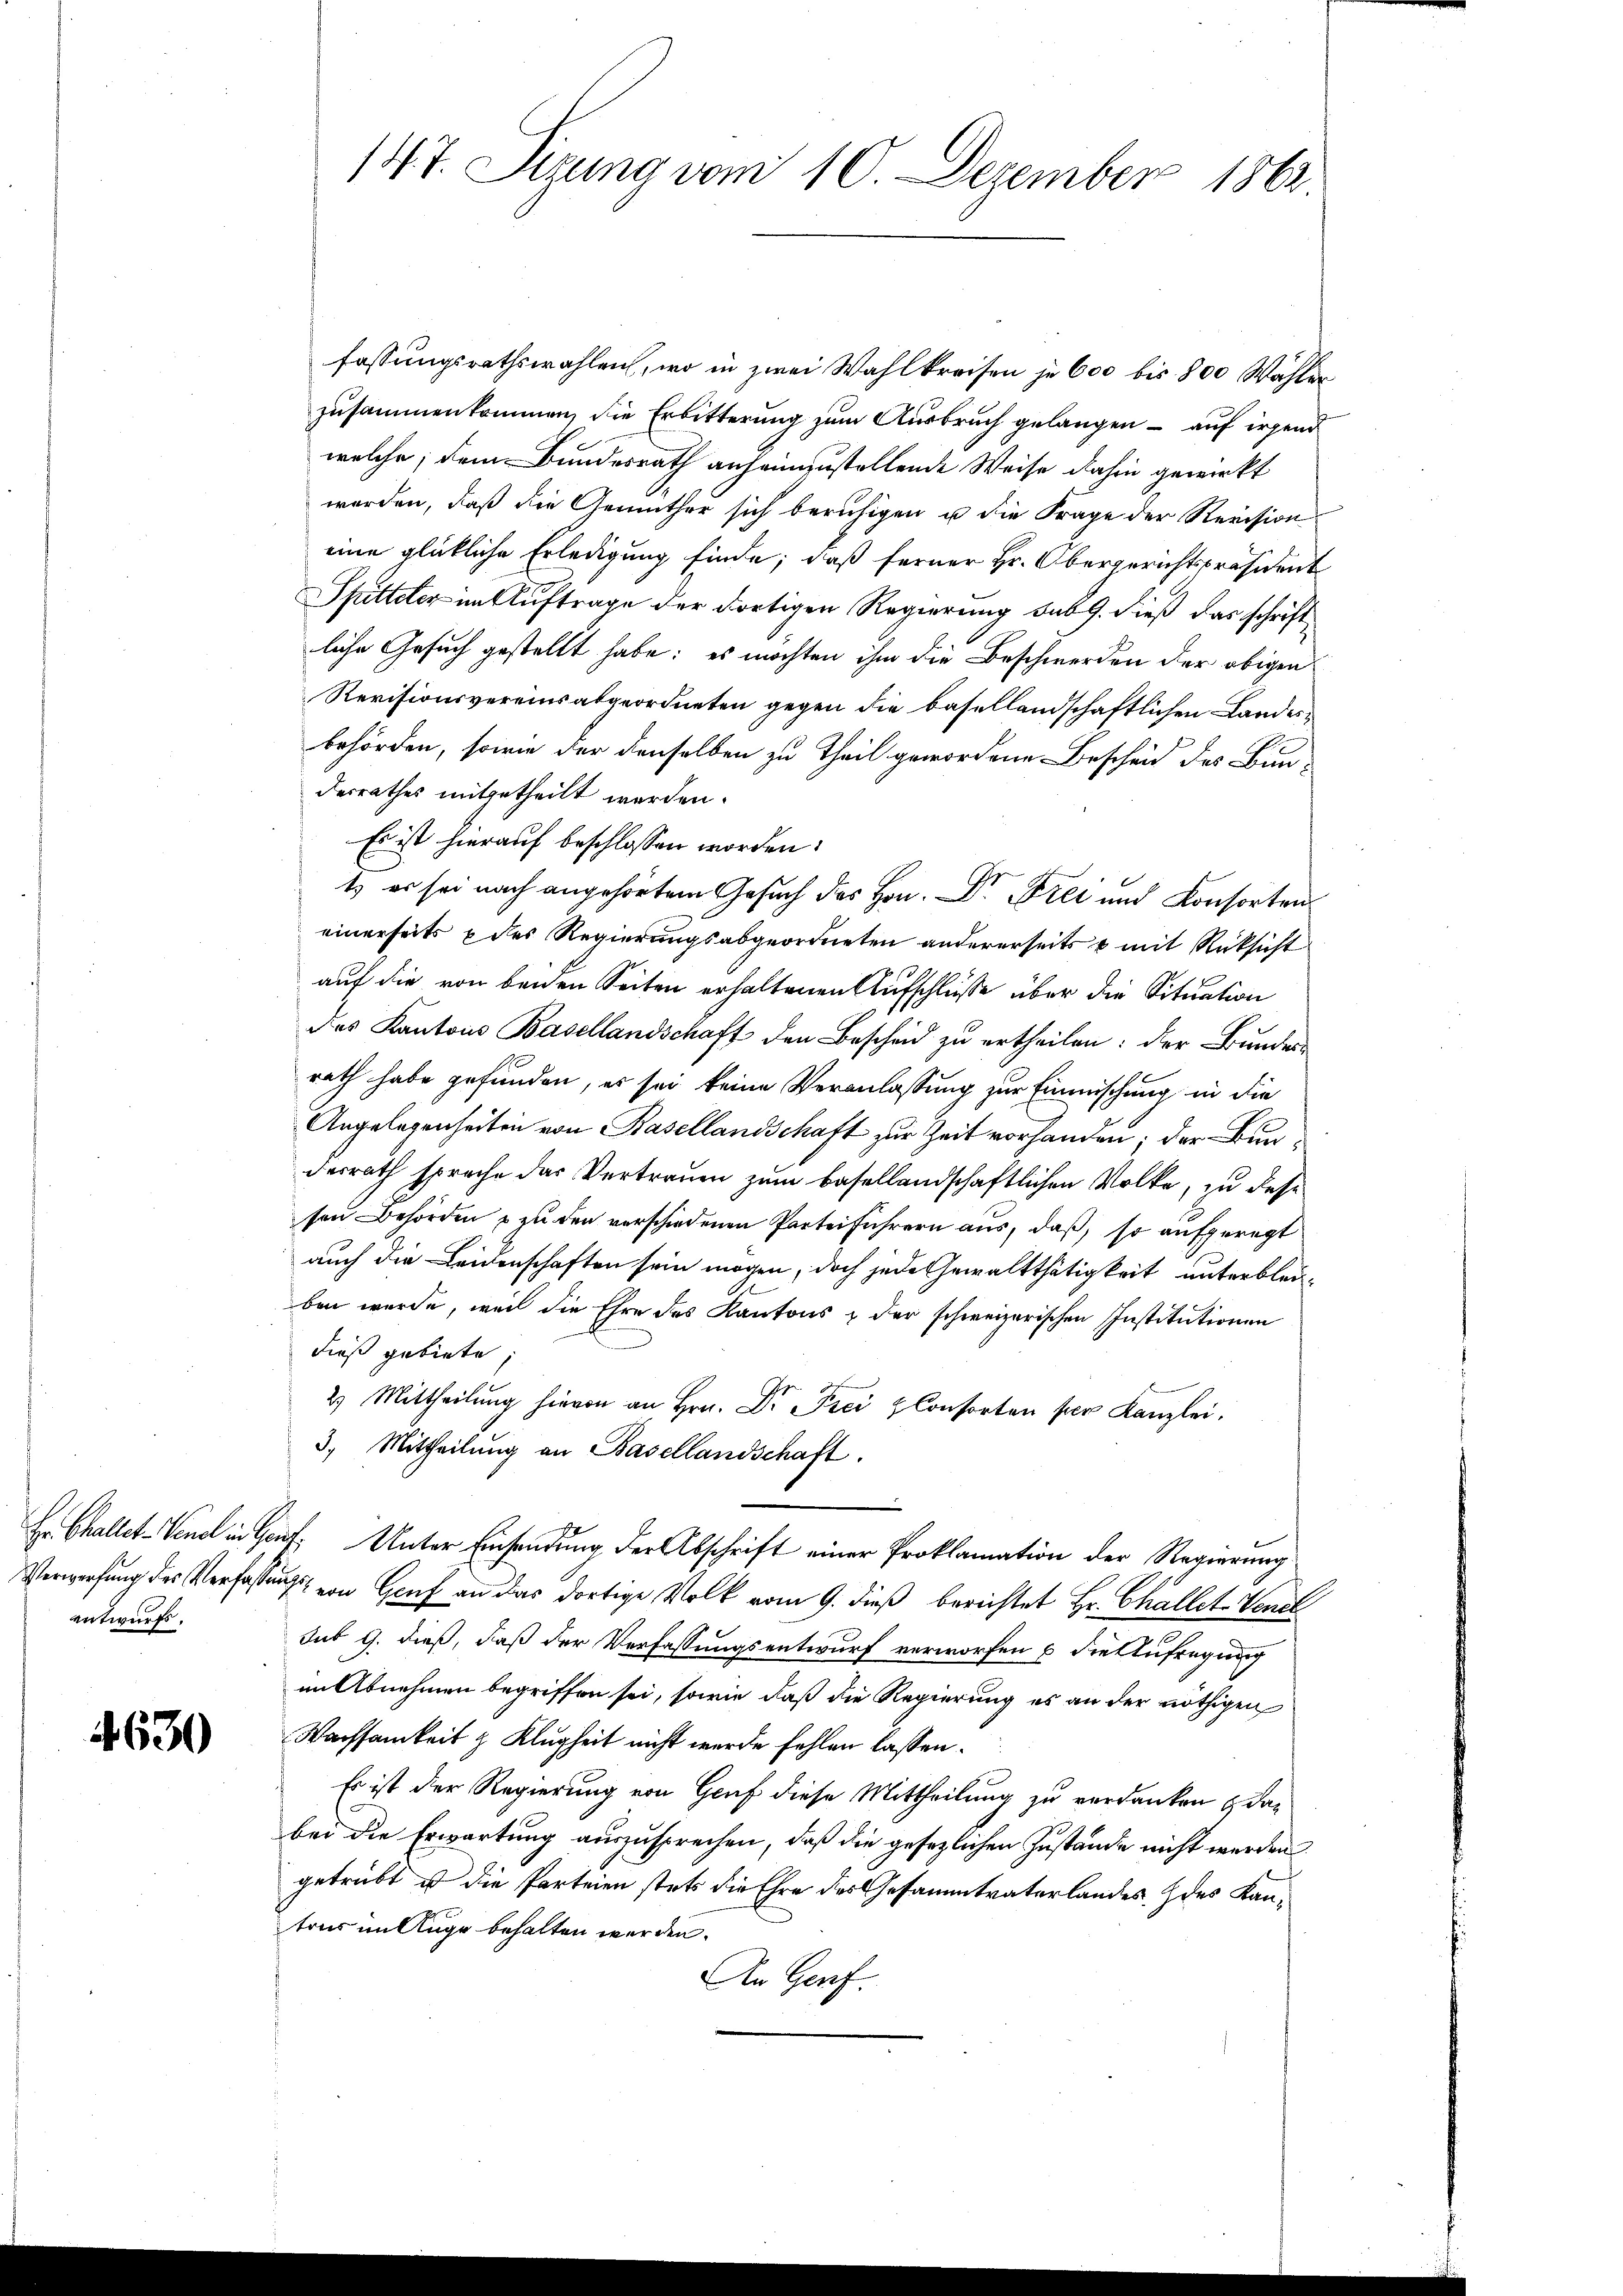
entwurfs.

4630

fassungsrathswahlen, wo in zwei Wahlkreisen je 600 bis 800 Wahler
zusammenkommen, die Erbitterung zum Ausbruch gelangen – auf irgend
welche, dem Bundesrath anheimzustellende Weise dahin gewirkt
worden, daß die Gemüther sich beruhigen u die Frage der Revision
eine glückliche Erledigung finde; daß ferner Hr. Obergerichtspräsident
Spitteter im Auftrage der dortigen Regierung sub 9. dieß das schrift
liche Gesuch gestellt habe: es möchten ihm die Beschwerden der obigen
Revisionsvereins abgeordneten gegen die basellandschaftlichen Landesbehörden, sowie der denselben zu Theil gewordene Bescheid des Bun-
desrathes mitgetheilt werden.
Es ist hierauf beschlossen worden:
1) es sei nach angehörtem Gesuch des Hrn. Dr. Frei und Konsorten
einerseits des Regierungsabgeordneten andererseits & mit Rücksicht
auf die von beiden Seiten erhaltenen Aufschlüsse über die Situation
des Kantons Basellandschaft den Bescheid zu ertheilen: der Bundes-
rath habe gefunden, es sei keine Veranlassung zur Einmischung in die
Angelegenheiten von Basellandschaft zur Zeit vorhanden; der Bundesrath sprache das Vertrauen zum basellandschaftlichen Volke, zu desse
sen Behörden u zu den verschiedenen Parteiführern aus, daß, so aufgeregt
auch die Leidenschaften sein mögen, doch jede Gewaltthätigkeit unterbleuben wurde, weil die Ehre des Kantons & der schweizerischen Institutionen
dieß gebiete,
2) Mittheilŭng hievon an Hrn. Dr. Frei Consorten per Kanzlei.
3. Mittheilung an Basellandschaft.
Gr Challet-Vendl in Genf. Unter Einsendung der Abschrift einer Proklamation der Regierung
Verwerfung des Verfassung von Genf an das dortige Volk vom 9. dieß berichtet Hr. Challet-Vene
sub 9. dieß, daß der Verfassungsentwurf verworfen u die Aufregung
im Abnehmen begriffen sei, sowie daß die Regierung es an der nöthigen
Wachsamkeit & Klugheit nicht wurde fehlen lassen.
Es ist der Regierung von Genf diese Mittheilung zu verdanken & dan
bei die Erwartung auszusprechen, daß die gesezlichen Zustände nicht werden
getrübt ist die Parteien stets die Ehre des Gesammtvaterlandes, des Kantons im Auge behalten werden.
An Gerf.

147. Sizung vom 10. Dezember 1862.